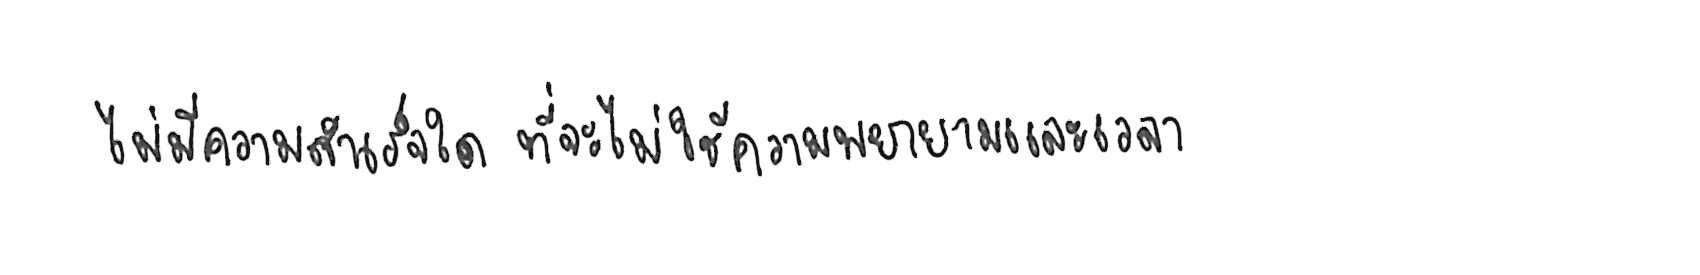
ไม่มีความสำเร็จใด ที่จะไม่ใช้ความพยายามและเวลา